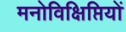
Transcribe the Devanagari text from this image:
मनोविक्षिप्तियों